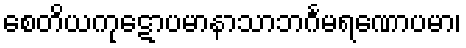
စေတိယကုဋောပမာနာသာဘင်္ဂမရဏောပမာ၊